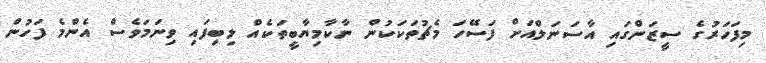
މިފަހަރުގެ ސީޒަންގައި އާސަނަލްއަށް ފަސޭހަ މެޗުތަކަކުން ނާކާމިޔާބީތަކެއް ލިބިފައި ވިނަމަވެސް އެންމެ ފަހުން